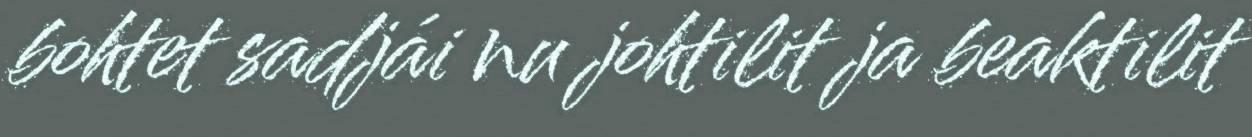
bohtet sadjái nu johtilit ja beaktilit